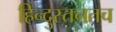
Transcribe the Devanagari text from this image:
हिन्दुस्तनतच